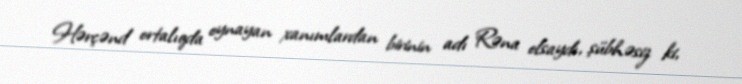
Hərçənd ortalıqda oynayan xanımlardan birinin adı Rəna olsaydı, şübhəsiz ki,